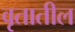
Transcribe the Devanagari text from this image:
वृतातील